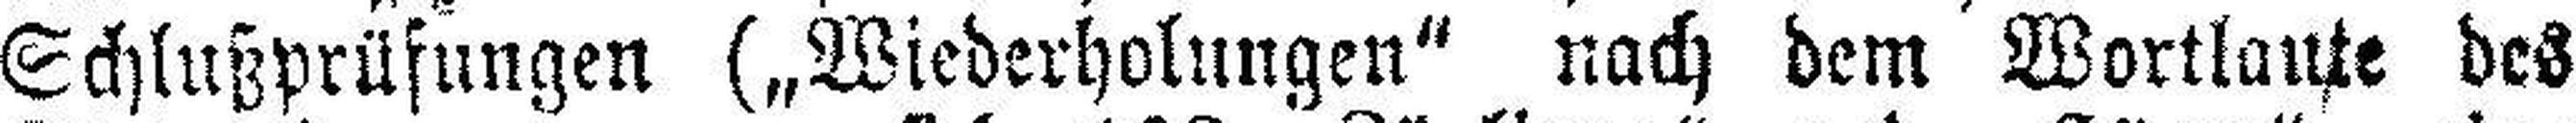
Schlußprüfungen („Wiederholungen“ nach dem Wortlaute des